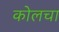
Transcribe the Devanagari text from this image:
कोलचा